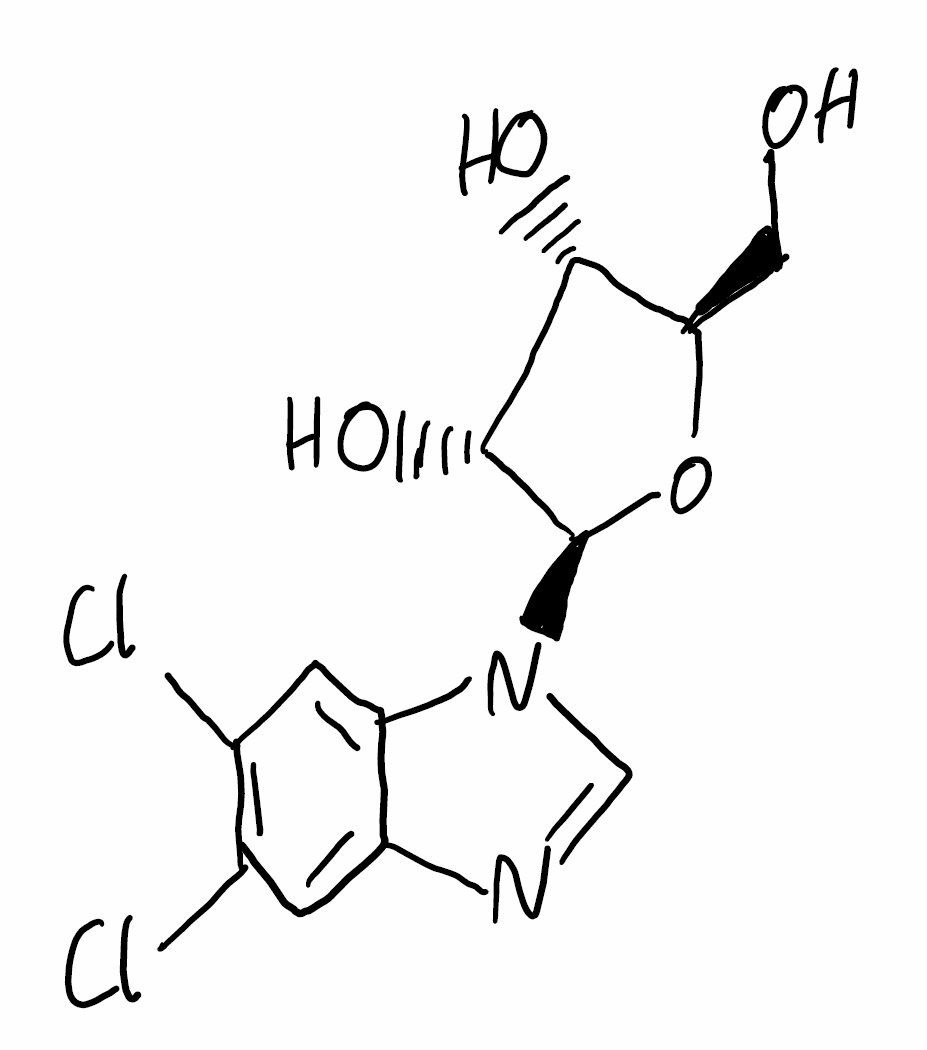
Simplified molecular-input line-entry system (SMILES) notation of the given molecule:
C1=C2C(=CC(=C1Cl)Cl)N(C=N2)[C@H]3[C@@H]([C@@H]([C@H](O3)CO)O)O